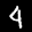
Label: 4